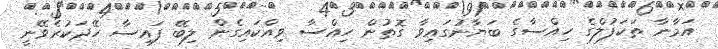
އަމާނާ ތަކަފުލްގެ ހިއްސާގެ ބަޔާނުގައިވާ ގޮތުން ހިއްސާ ވިއްކައިގެން ލިބޭ ފައިސާ ހޭދަކުރެވޭނީ